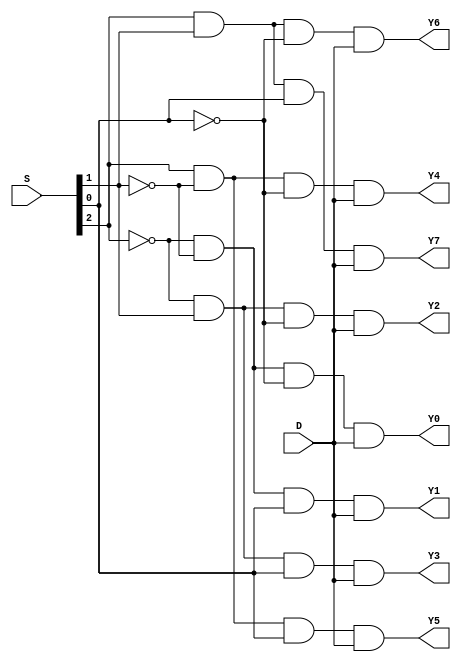
module demux_8_1_gate(input D, input [2:0]S,output Y0,Y1,Y2,Y3,Y4,Y5,Y6,Y7);
wire inv0, inv1, inv2; // Inverter outputs.
// Inverters.
not not_0 (inv0, S[0]);
not not_1 (inv1, S[1]);
not not_2 (inv2, S[2]);
 // 3-input AND gates.
 and and_0 (Y0, inv2, inv1, inv0,D );
and and_1 (Y1, inv2, inv1, S[0],D );
and and_2 (Y2, inv2, S[1], inv0,D );
and and_3 (Y3, inv2, S[1], S[0],D );
and and_4 (Y4, S[2], inv1, inv0,D );
and and_5 (Y5, S[2], inv1, S[0],D );
and and_6 (Y6, S[2], S[1], inv0,D );
and and_7 (Y7, S[2], S[1], S[0],D ); 
 
endmodule